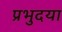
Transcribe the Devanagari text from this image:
प्रभुदया